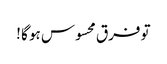
تو فرق محسوس ہو گا !